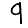
Digit: 9